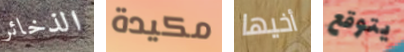
الذخائر مكيدة أخيها يتوقع